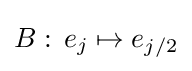
B:\,e_{j}\mapsto e_{j/2}